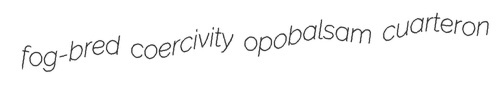
fog-bred coercivity opobalsam cuarteron